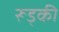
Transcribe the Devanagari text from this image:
रूड्की